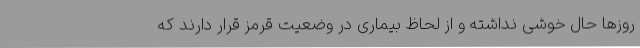
روزها حال خوشی نداشته و از لحاظ بیماری در وضعیت قرمز قرار دارند که